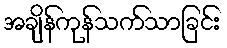
အချိန်ကုန်သက်သာခြင်း